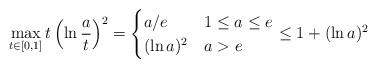
LaTeX: \begin{align*}\max_{t\in [0,1]} t\left(\ln \frac{a}{t}\right)^2 = \begin{cases}a/e & 1\le a\le e \\(\ln a)^2 & a > e \end{cases} \le 1 + (\ln a)^2 \end{align*}